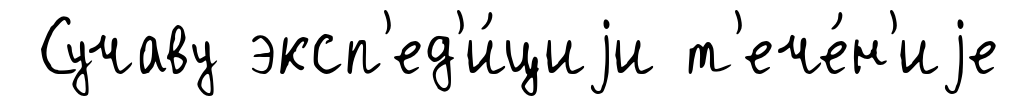
Сучаву эксп'ед'и́циjи т'ече́н'иjе